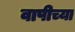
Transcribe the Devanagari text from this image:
वापीच्या